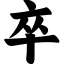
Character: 卒